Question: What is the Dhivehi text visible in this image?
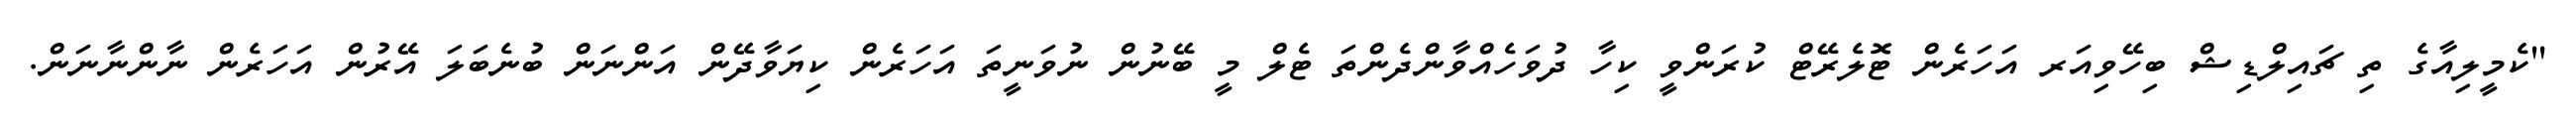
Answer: "ކެމީލިއާގެ ތި ޗައިލްޑިޝް ބިހޭވިއަރ އަހަރެން ޓޮލެރޭޓް ކުރަންވީ ކިހާ ދުވަހެއްވާންދެންތަ ޓެލް މީ ބޭނުން ނުވަނީތަ އަހަރެން ކިޔަވާދޭން އަންނަން ބުނެބަލަ އޭރުން އަހަރެން ނާންނާނަން.